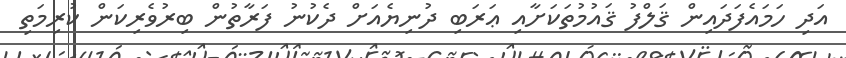
އަދި ހަމައެފަދައިން ޤަލްފު ޤައުމުތަކަށާއި ޢަރަބި ދުނިޔެއަށް ދެކުނު ފަރާތުން ބިރުވެރިކަން ކުރިމަތި